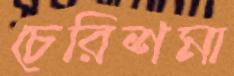
চেরিশমা